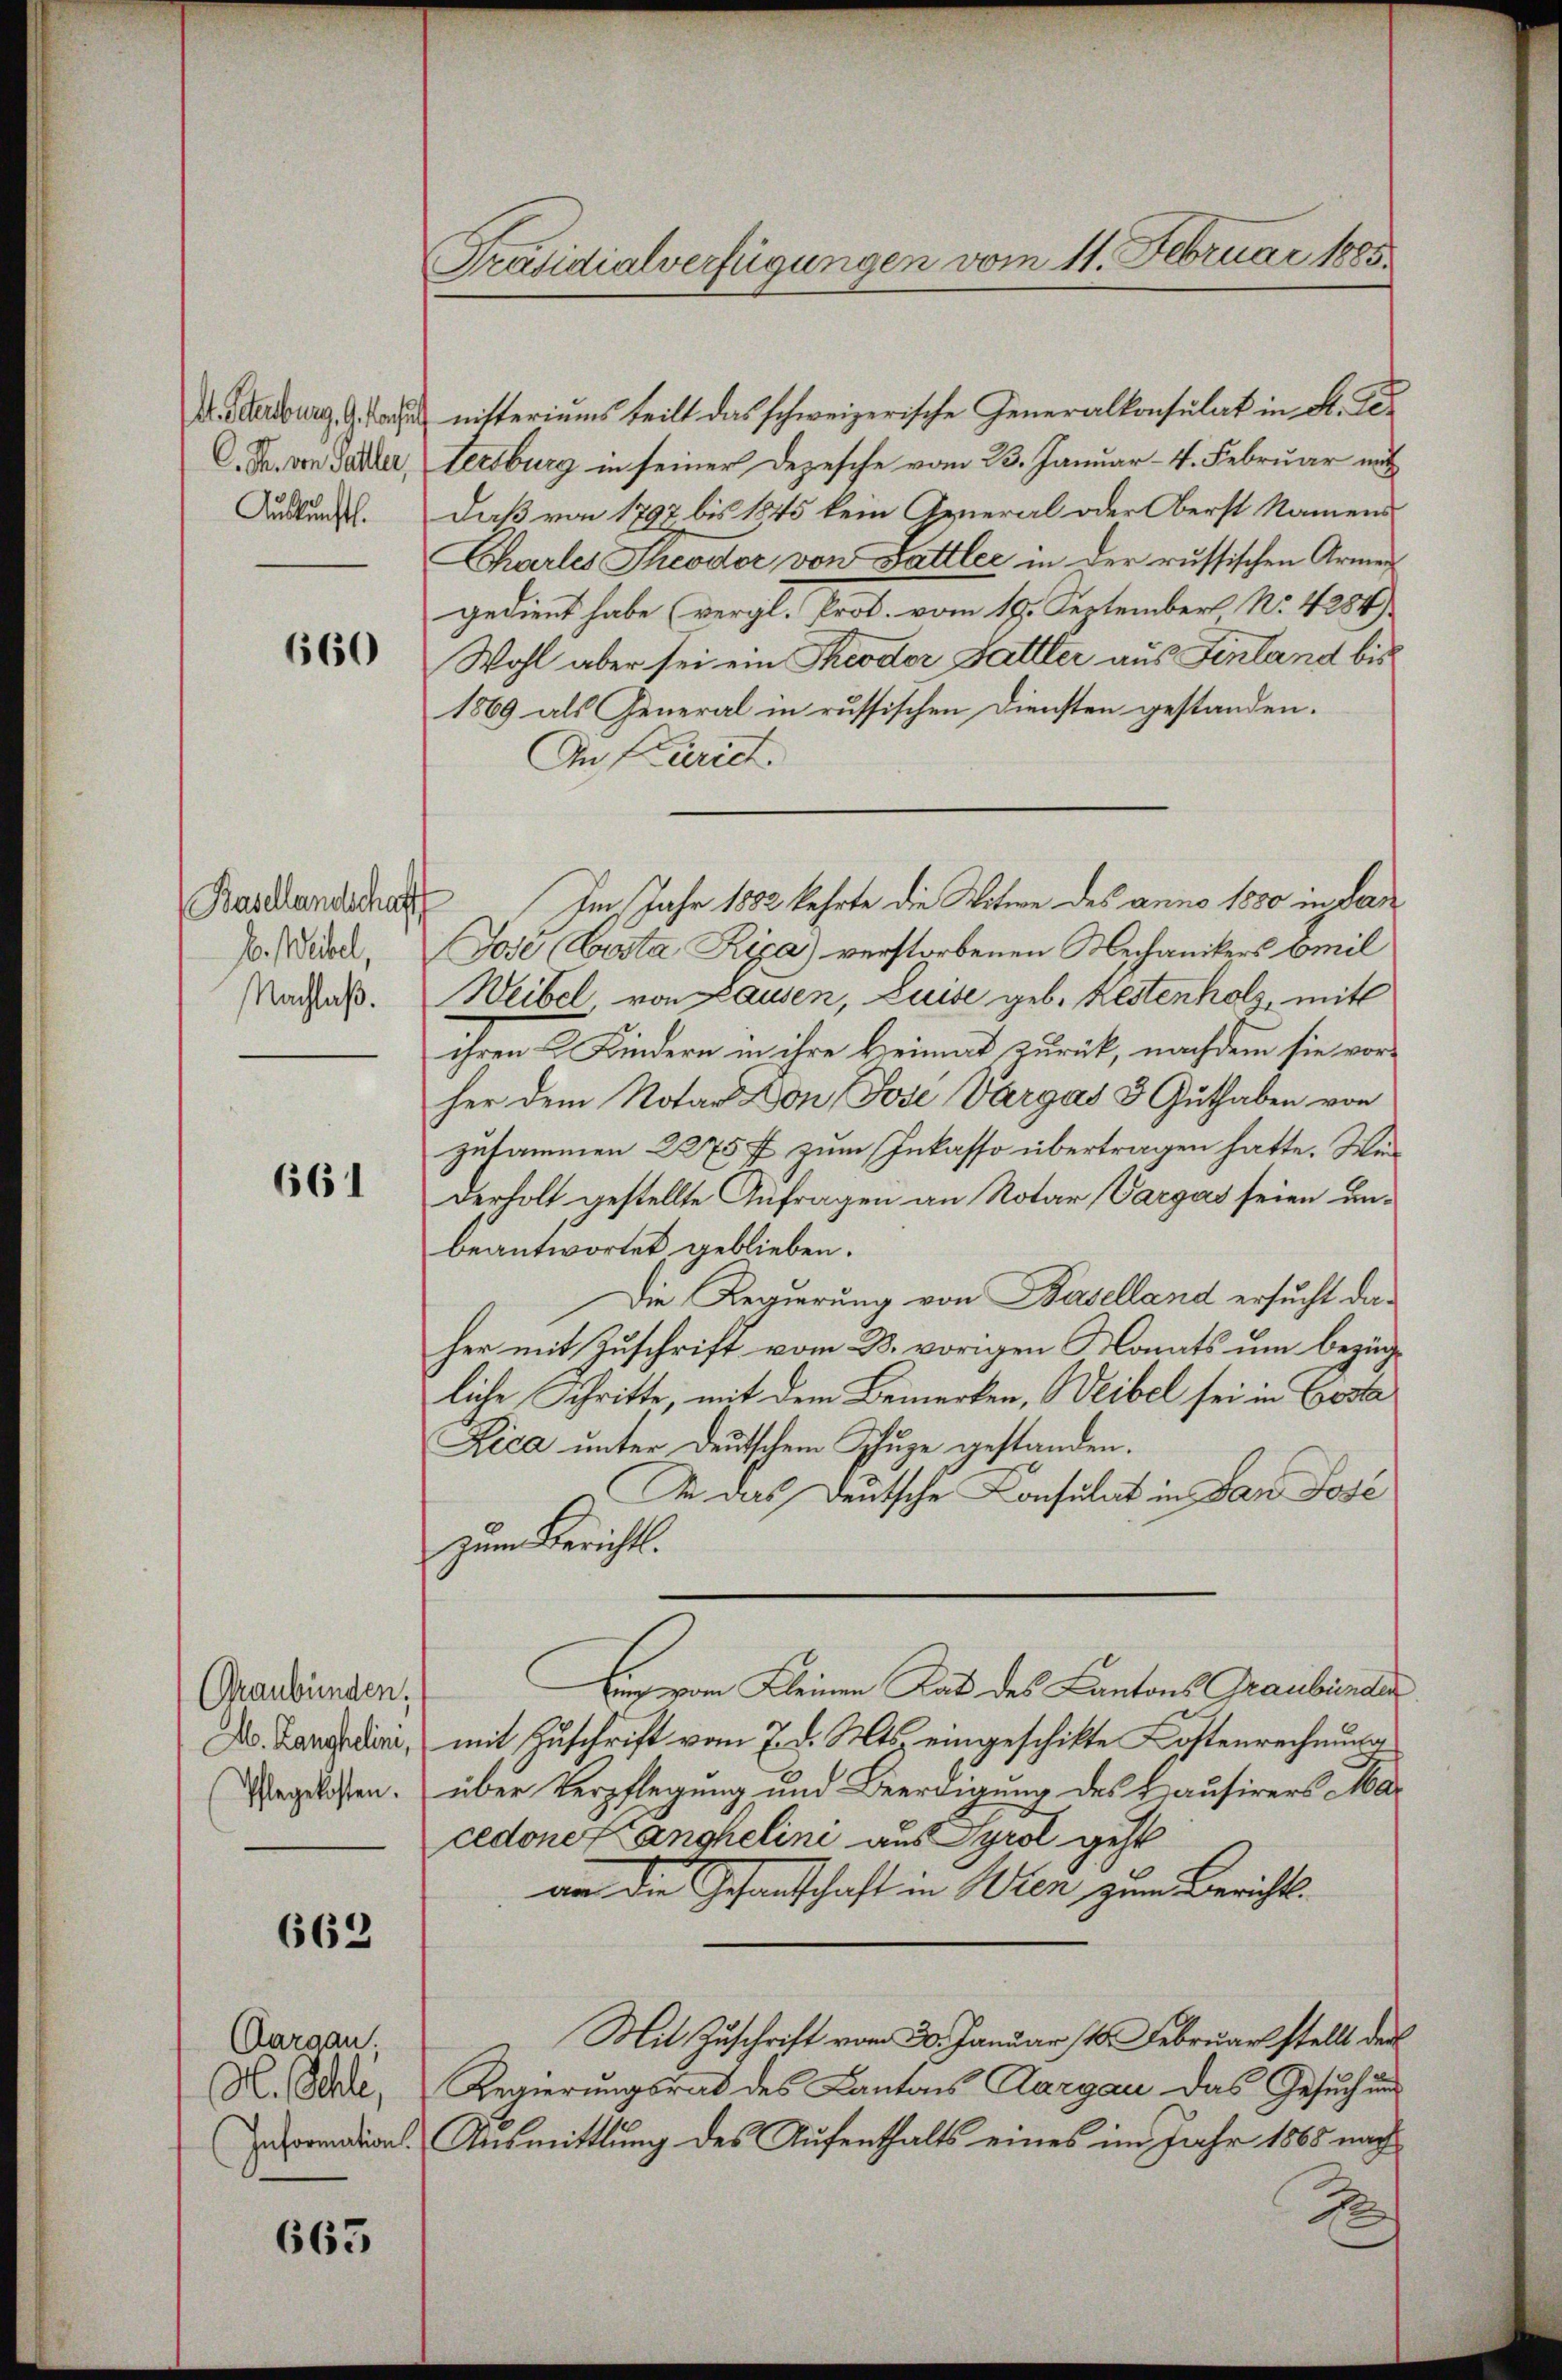
Auskunft.

660

(Basellandschaff
E. Weibel,
Nachlaß.

661

Graubünden,

662

Aargau,
H. Schle,

663

Präsidialverfügungen vom 11. Februar 1888

Dr. Wertburg, G. Sache nitteriums teilt das schweizerische Generalkonsulat in St. Ges
C. Fr. von Garder, Lersburg in seiner Depesche vom 23. Januar - 4. Februar mit
Daß von 1797 bis 1845 kein General oder Oberst Namens
Charles Theodor von Fattler in der russischen Armen
gedient habe (vergl. Prot. vom 19. September No. 4284).
Wohl aber sei ein Theodor Sattler aus Einland bis
1869 als General in russischen Diensten gestanden.
An Kurich.
Im Jahr 1882 kehrte die Witwe des anno 1880 in dan
Jose (Costa Rija) verstorbenen Mechanikers Emil
Weibel von Hausen, Luise geb. Restenholz, mitt
ihren L. Kindern in ihre Heimat zurück, nachdem sie vorher dem Notar Don Jose Vargas 3 Guthaben von
zusammen 2275 f. zum Inkasso übertragen hatte. We
derholt gestellte Anfragen an Notar Vargas seien unbeantwortet, geblieben.
Die Regierung von Baselland ersucht daher mit Zuschrift vom B. vorigen Monats um bezügliche Schritte, mit dem Bemerken, Weibel sei in Costa
Lica unter deutschem Schuze gestanden.
Ie das deutsche Consulat in San Jose
zum Bericht.
Auch vom Kleinen Rat des Cantons Graubünden
Dr. Langdii, mit Zuschrift vom 7. d. Mts. eingeschikte Kostenrechnung
Nagelassen. über Verpflegung und Beerdigung des Hausirers Mar
cedoner angelini aus Tyrol geht
an die Gefandschaft in Wien zum Bericht¬
Mit Zuschrift vom 30. Januar st. Februar stellt der
Regierungsrat des Cantons Aargau das Gesuch und
normation. Ausmittlung des Aufenthalts eines im Jahr 1865 nach
1